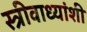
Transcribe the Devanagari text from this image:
स्त्रीवाध्यांशी